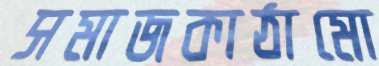
সমাজকাঠামো